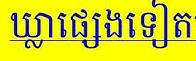
ឃ្លាផ្សេងទៀត